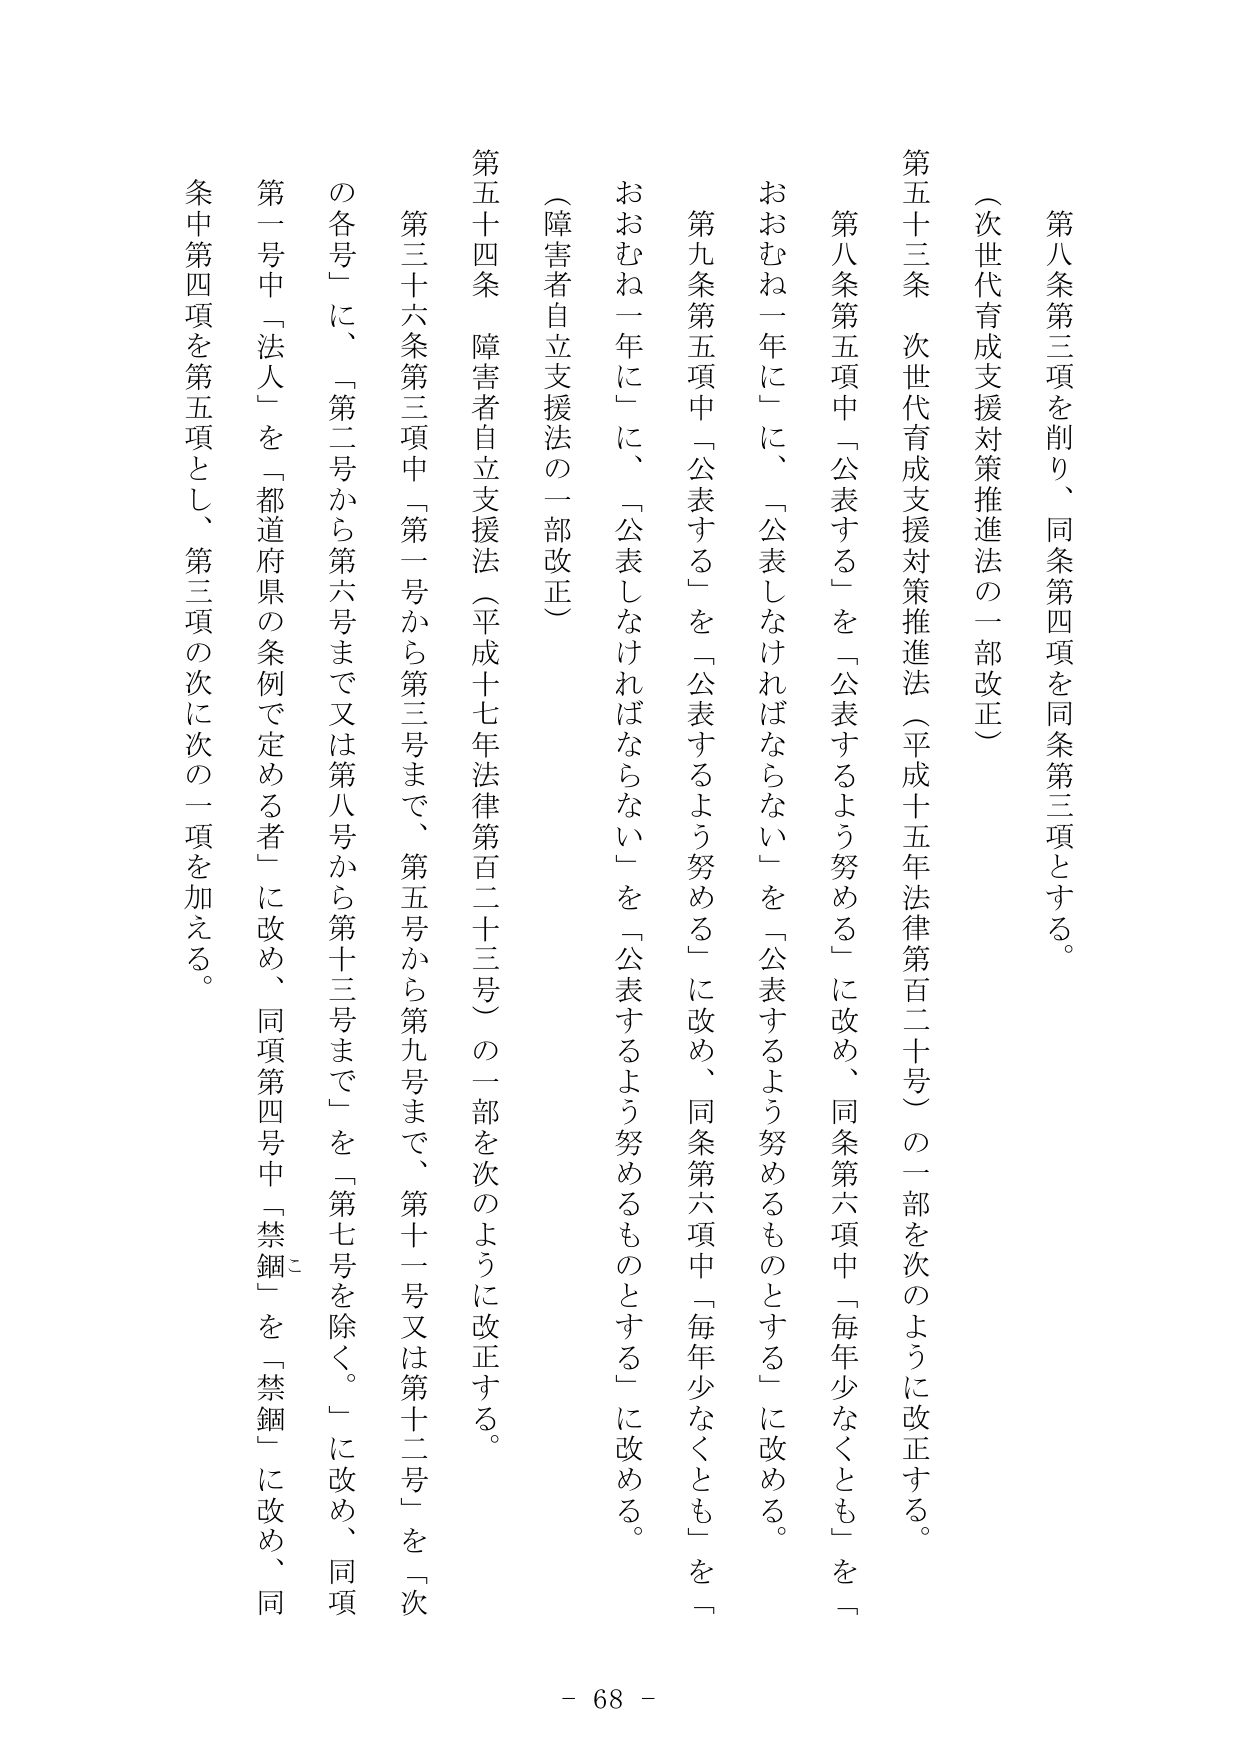
第八条第三項を削り、同条第四項を同条第三項とする。

（次世代育成支援対策推進法の一部改正）

第五十三条　次世代育成支援対策推進法（平成十五年法律第百二十号）の一部を次のように改正する。

第八条第五項中「公表する」を「公表するよう努める」に改め、同条第六項中「毎年少なくとも」を「おおむね一年に」に、「公表しなければならない」を「公表するよう努めるものとする」に改める。

第九条第五項中「公表する」を「公表するよう努める」に改め、同条第六項中「毎年少なくとも」を「おおむね一年に」に、「公表しなければならない」を「公表するよう努めるものとする」に改める。

（障害者自立支援法の一部改正）

第五十四条　障害者自立支援法（平成十七年法律第百二十三号）の一部を次のように改正する。

第三十六条第三項中「第一号から第三号まで、第五号から第九号まで、第十一号又は第十二号」を「次の各号」に、「第二号から第六号まで又は第八号から第十三号まで」を「第七号を除く。」に改め、同項第一号中「法人」を「都道府県の条例で定める者」に改め、同項第四号中「禁錮」を「禁錮」に改め、同条中第四項を第五項とし、第三項の次に次の一項を加える。

- 68 -